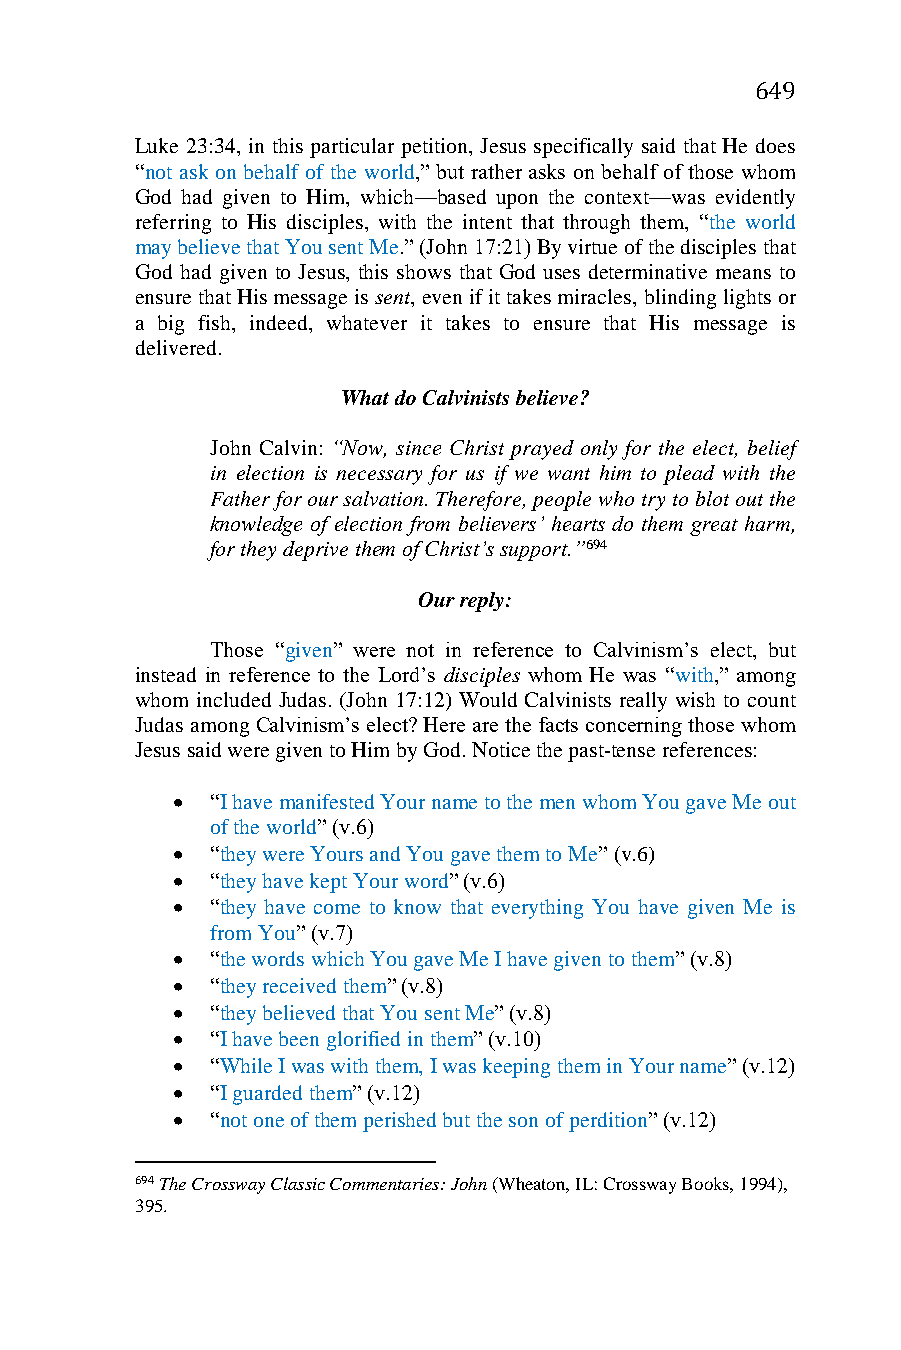
649
 Luke 23:34, in this particular petition, Jesus specifically said that He does
 “not ask on behalf of the world,” but rather asks on behalf of those whom
 God had given to Him, which—based upon the context—was evidently
 referring to His disciples, with the intent that through them, “the world
 may believe that You sent Me.” (John 17:21) By virtue of the disciples that
 God had given to Jesus, this shows that God uses determinative means to
 ensure that His message is sent, even if it takes miracles, blinding lights or
 a big fish, indeed, whatever it takes to ensure that His message is
 delivered.
 What do Calvinists believe?
 John Calvin: “Now, since Christ prayed only for the elect, belief
 in election is necessary for us if we want him to plead with the
 Father for our salvation. Therefore, people who try to blot out the
 knowledge of election from believers’ hearts do them great harm,
 for they deprive them of Christ’s support.”694
 Our reply:
 Those “given” were not in reference to Calvinism’s elect, but
 instead in reference to the Lord’s disciples whom He was “with,” among
 whom included Judas. (John 17:12) Would Calvinists really wish to count
 Judas among Calvinism’s elect? Here are the facts concerning those whom
 Jesus said were given to Him by God. Notice the past-tense references:
   “I have manifested Your name to the men whom You gave Me out
 of the world” (v.6)
   “they were Yours and You gave them to Me” (v.6)
   “they have kept Your word” (v.6)
   “they have come to know that everything You have given Me is
 from You” (v.7)
   “the words which You gave Me I have given to them” (v.8)
   “they received them” (v.8)
   “they believed that You sent Me” (v.8)
   “I have been glorified in them” (v.10)
   “While I was with them, I was keeping them in Your name” (v.12)
   “I guarded them” (v.12)
   “not one of them perished but the son of perdition” (v.12)
 694 The Crossway Classic Commentaries: John (Wheaton, IL: Crossway Books, 1994),
 395.